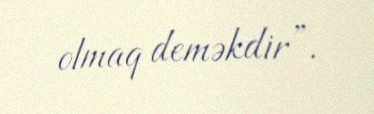
olmaq deməkdir”.